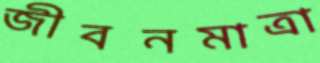
জীবনমাত্রা